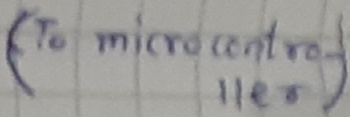
Text: (to microcontroller)